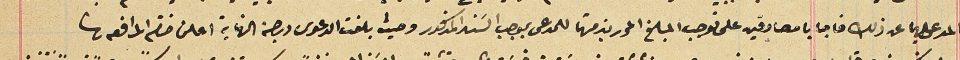
المدعى عليهما عن ذلك فاجابا مصادقين على توجب المبلغ المحرر بذمتها للمدعى بموجب السَند المذكور وحيث بلغت الدعوى درجة النهاية اعلن ختم المرافعة